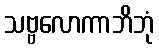
သဗ္ဗလောကာဘိဘုံ